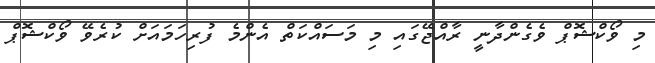
މި ވޯކްޝޮޕް ވެގެންދާނީ ރާއްޖޭގައި މި މަސައްކަތް އެންމެ ފުރިހަމައަށް ކުރެވޭ ވޯކްޝޮޕް